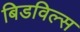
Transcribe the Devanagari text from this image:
बिडविल्स